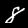
Digit: 8